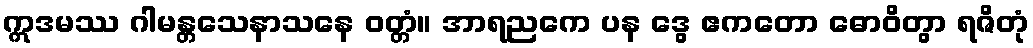
ဣဒမဿ ဂါမန္တသေနာသနေ ဝတ္တံ။ အာရညကေ ပန ဒွေ ဧကတော ဓောဝိတွာ ရဇိတုံ